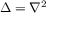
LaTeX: \Delta = \nabla ^ { 2 }